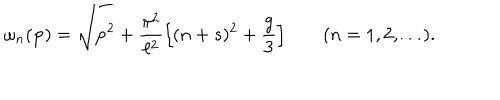
\omega _ { n } ( { \bf p } ) = \sqrt { { \bf p } ^ { 2 } + \frac { \pi ^ { 2 } } { \ell ^ { 2 } } \left[ ( n + s ) ^ { 2 } + \frac { g } { 3 } \right] } \qquad ( n = 1 , 2 , \ldots ) .